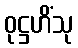
ဝုဋ္ဌဟိံသု